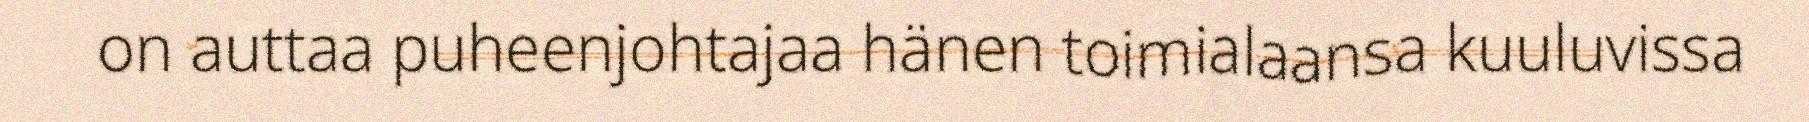
on auttaa puheenjohtajaa hänen toimialaansa kuuluvissa